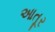
આતૂર